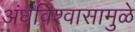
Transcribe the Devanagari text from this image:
अंधविश्वासामुळे